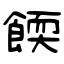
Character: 餪